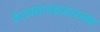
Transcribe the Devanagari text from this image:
केशवनायकासारख्या